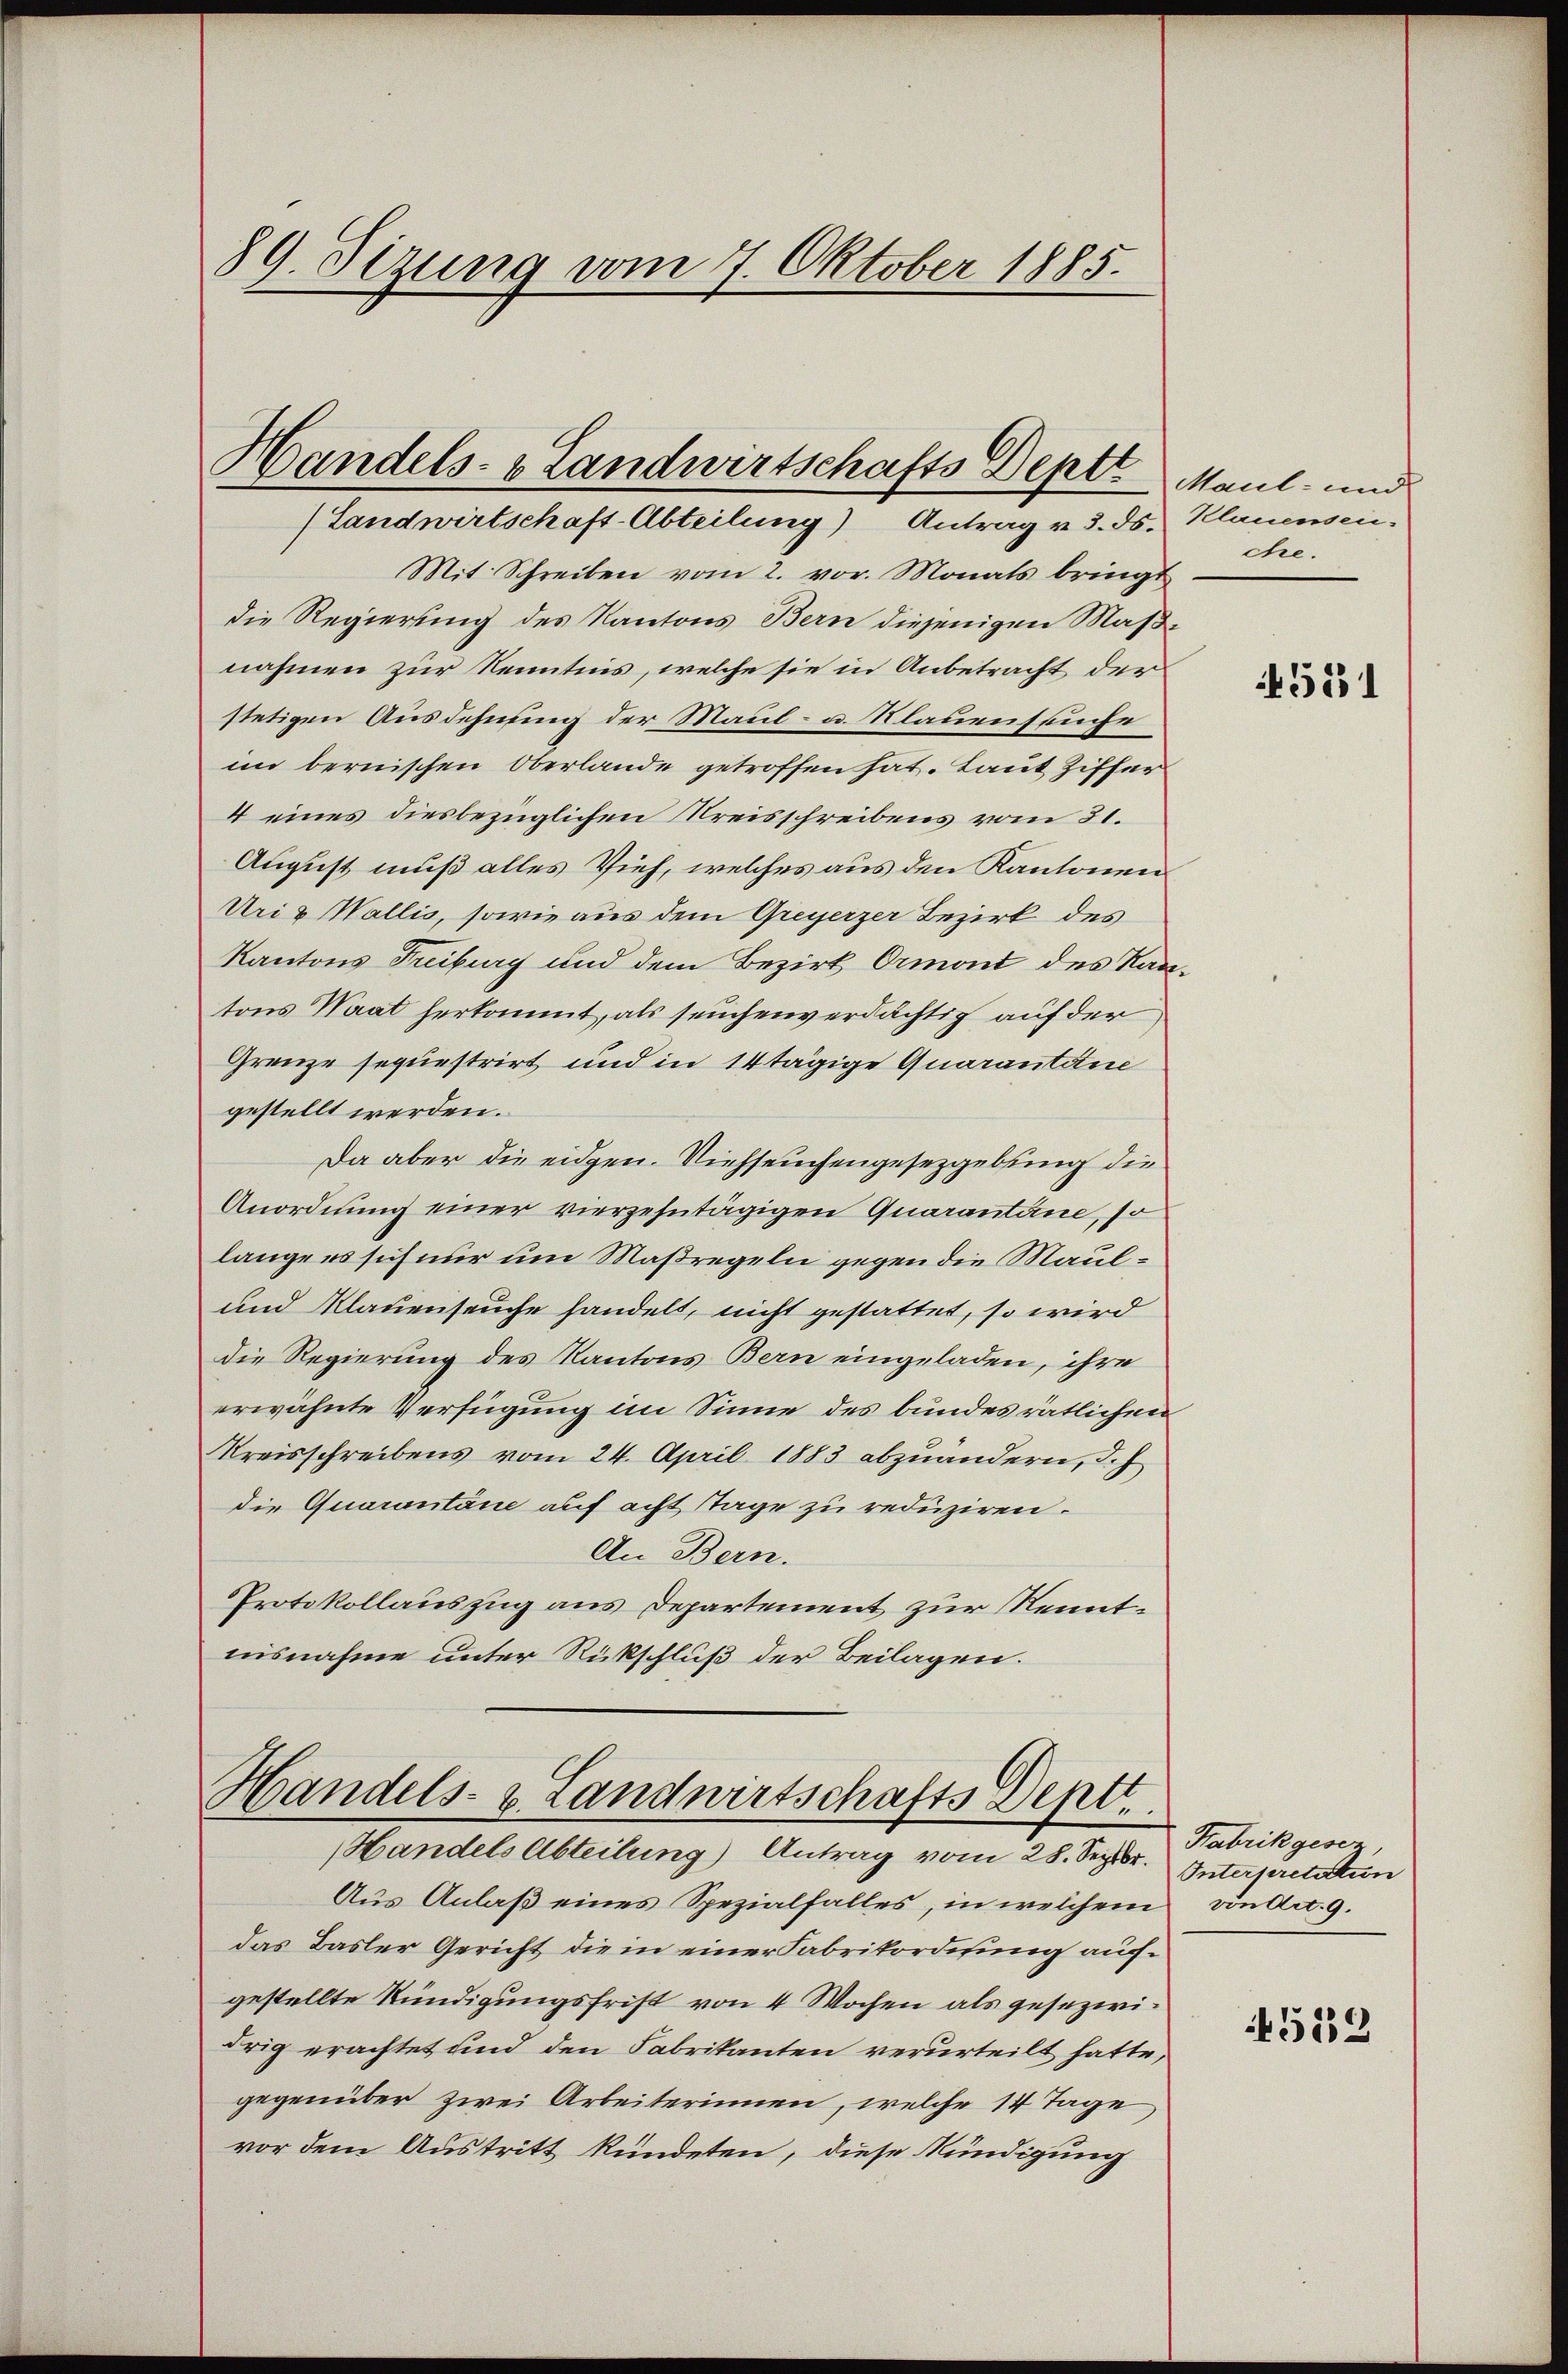
89. Sizung vom 7. Oktober 1885.

Handels- & Landwirtschafts Deptz Maul- und
(Landwirtschaft-Abteilung) Antrag v. 3. ds. Klauensei¬

Mit Schreiben vom 2. vor. Monats bringt
die Regierung des Kantons Bern diejenigen Maßnahmen zur Kenntnis, welche sie in Anbetracht der
stetigen Ausdehnung der Maul- u. Klauenseuche
im bernischen Oberlande getroffen hat. Laut Ziffer
4 eines diesbezüglichen Kreisschreibens vom 31.
August muß alles Vieh, welches aus den Kantonen
Uri & Wallis, sowie aus dem Greyerzer Bezirk des
Kantons Treiburg und dem Bezirk Ormont des Kantons Waat herkommt, als seuchenverdächtig auf der
Grenze sequestrirt und in 14tägige Quarantane
gestellt werden.
Da aber die eidgen. Viehseuchengesetzgebung die
Anordnung einer vierzehntägigen Quarantine, so
lange es sich nur um Maßregeln gegen die Maul¬
und Klauenseuche handelt, nicht gestattet, so wird
die Regierung des Kantons Bern eingeladen, ihre
erwähnte Verfügung im Sinne des bundes rätlichen
Kreisschreibens vom 24. April 1883 abzuändern, d.h
die Quarantane auf acht Tage zu reduziren.
An Bern.
Protokollauszug aus Departement zur Kenntnisnahme unter Rückschluß der Beilagen.

Handels- & Landwirtschafts Deptt.
Handels Abteilung) Antrag vom 28. Septbr. Interpretation

Aus Anlaß eines Spezialfalles, in welchem
das Basler Gericht die in einer Fabrikordisung aufgestellte Kündigungsfrist von 4 Wochen als gesezwidrig erachtet und den Fabrikanten verurteilt hatte,
gegenüber zwei Arbeiterinnen, welche 14 Tage
vor dem Austritt kündeten, diese Kündigung

che.

145531

Habrikgesez
von Art. 9.

4519